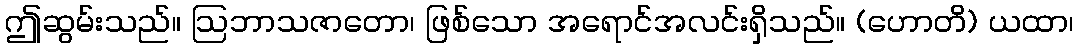
ဤဆွမ်းသည်။ ဩဘာသဇာတော၊ ဖြစ်သော အရောင်အလင်းရှိသည်။ (ဟောတိ) ယထာ၊